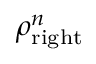
\rho _ { \mathrm { r i g h t } } ^ { n }